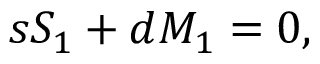
s { \cal S } _ { 1 } + d { \cal M } _ { 1 } = 0 ,